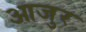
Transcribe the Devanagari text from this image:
आजुर